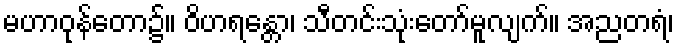
မဟာဝုန်တော၌။ ဝိဟရန္တော၊ သီတင်းသုံးတော်မူလျက်။ အညတရံ၊